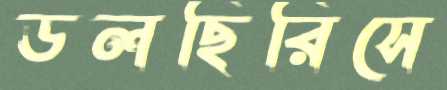
ডলছিরিসে